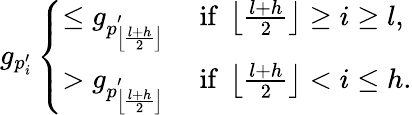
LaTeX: g_{p_{i}^{\prime}}\left\{ \begin{array}{ll}{\leq g_{p_{\left\lfloor\frac{l+h}{2}\right\rfloor}^{\prime}}\quad\mathrm{~if~}\left\lfloor\frac{l+h}{2}\right\rfloor\ge i\ge l,}\\ {>g_{p_{\left\lfloor\frac{l+h}{2}\right\rfloor}^{\prime}}\quad\mathrm{~if~}\left\lfloor\frac{l+h}{2}\right\rfloor<i\leq h.}\end{array}\right.